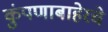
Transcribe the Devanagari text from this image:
कुंपणाबाहेरचे